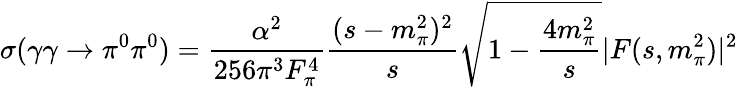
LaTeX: \sigma(\gamma\gamma\rightarrow\pi^{0}\pi^{0})={\frac{\alpha^{2}}{256\pi^{3}F_{\pi}^{4}}}{\frac{(s-m_{\pi}^{2})^{2}}{s}}\sqrt{1-{\frac{4m_{\pi}^{2}}{s}}}|F(s,m_{\pi}^{2})|^{2}